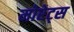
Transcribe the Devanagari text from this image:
मोरेट्स